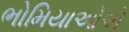
ભોમિયાઓએ